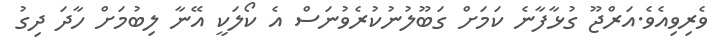
ވެރިވިއެވެ.އަރްޖޫ ގުޅާފާނެ ކަމަށް ގަބޫލުނުކުރެވުނަސް އެ ކޯލަކީ އޭނާ ލިބުމަށް ހާދަ ދިގު